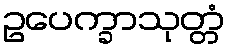
ဥပေက္ခာသုတ္တံ